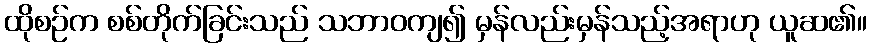
ထိုစဉ်က စစ်တိုက်ခြင်းသည် သဘာဝကျ၍ မှန်လည်းမှန်သည့်အရာဟု ယူဆ၏။